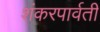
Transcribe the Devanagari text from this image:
शंकरपार्वती